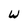
Character: W